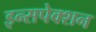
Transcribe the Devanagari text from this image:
इन्सपेक्शन